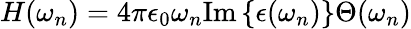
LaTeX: H(\omega_{n})=4\pi\epsilon_{0}\omega_{n}\mathrm{Im}\left\{ \epsilon(\omega_{n})\right\} \Theta(\omega_{n})